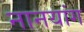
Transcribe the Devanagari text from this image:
नानयांग